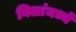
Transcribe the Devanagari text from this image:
निलांमध्ये